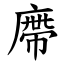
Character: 廗